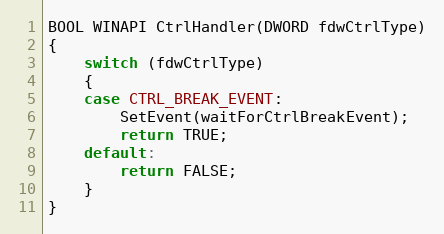
Language: C
BOOL WINAPI CtrlHandler(DWORD fdwCtrlType)
{
    switch (fdwCtrlType)
    {
    case CTRL_BREAK_EVENT:
        SetEvent(waitForCtrlBreakEvent);
        return TRUE;
    default:
        return FALSE;
    }
}